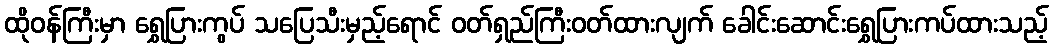
ထိုဝန်ကြီးမှာ ရွှေပြားကွပ် သပြေသီးမှည့်ရောင် ဝတ်ရှည်ကြီးဝတ်ထားလျက် ခေါင်းဆောင်းရွှေပြားကပ်ထားသည့်